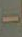
-